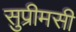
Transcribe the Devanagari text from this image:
सुप्रीमसी